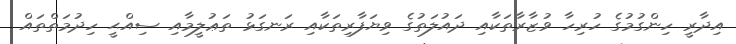
އިދާރީ ހިންގުމުގެ ހުރިހާ ވުޒާރާތަކާއި ދައުލަތުގެ ވިޔަފާރިތަކާއި ރަނގަޅު ތަޢުލީމާއި ސިއްޙީ ހިދުމަތްތައް